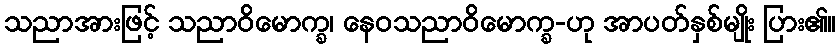
သညာအားဖြင့် သညာဝိမောက္ခ၊ နေဝသညာဝိမောက္ခ-ဟု အာပတ်နှစ်မျိုး ပြား၏။